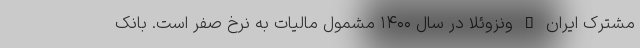
مشترک ایران – ونزوئلا در سال ۱۴۰۰ مشمول مالیات به نرخ صفر است. بانک